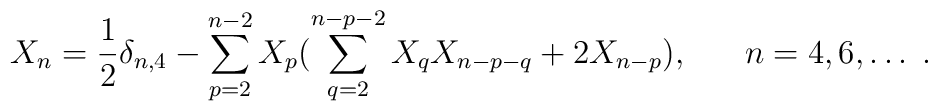
X_{n} = \frac{1}{2}\delta_{n,4} - \sum_{p=2}^{n-2}X_{p}(\sum_{q=2}^{n-p-2}X_{q}X_{n-p-q} + 2X_{n-p}), \;\;\;\;\;\; n = 4,6,\ldots\;.